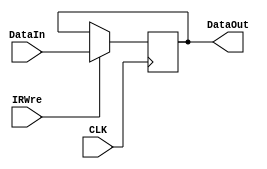
`timescale 1ns / 1ps
//////////////////////////////////////////////////////////////////////////////////
// Company: 
// Engineer: 
// 
// Design Name: 
// Module Name: Register_IR
// Project Name: 
// Target Devices: 
// Tool Versions: 
// Description: 
// 
// Dependencies: 
// 
// Revision:
// Revision 0.01 - File Created
// Additional Comments:
// 
//////////////////////////////////////////////////////////////////////////////////


module Register_IR(
    input IRWre,
    input CLK,
    input [31:0]DataIn,
    output [31:0]DataOut
    );
    reg [31:0]store;
    assign DataOut=store;
    always@(negedge CLK)
    begin
        if(IRWre) begin
            store<=DataIn; 
            //$display("IR-instruction: %h", store);
        end
    end
endmodule